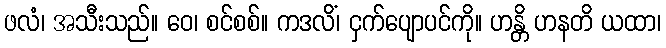
ဖလံ၊ အသီးသည်။ ဝေ၊ စင်စစ်။ ကဒလိံ၊ ငှက်ပျောပင်ကို။ ဟန္တိ ဟနတိ ယထာ၊